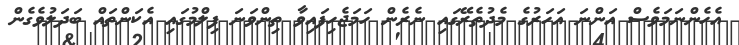
އެހެންނަމަވެސް އަންނަ އަހަރުގެ މެދުތެރޭގައި ނެރެން ހަމަޖެހިފައިވާ ތިންވަނަ ފިލްމުގައި އެކަންތައް ބަދަލުވެގެން